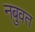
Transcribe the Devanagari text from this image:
नबुवत